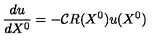
{ \frac { d u } { d X ^ { 0 } } } = - { \cal C } R ( X ^ { 0 } ) u ( X ^ { 0 } )